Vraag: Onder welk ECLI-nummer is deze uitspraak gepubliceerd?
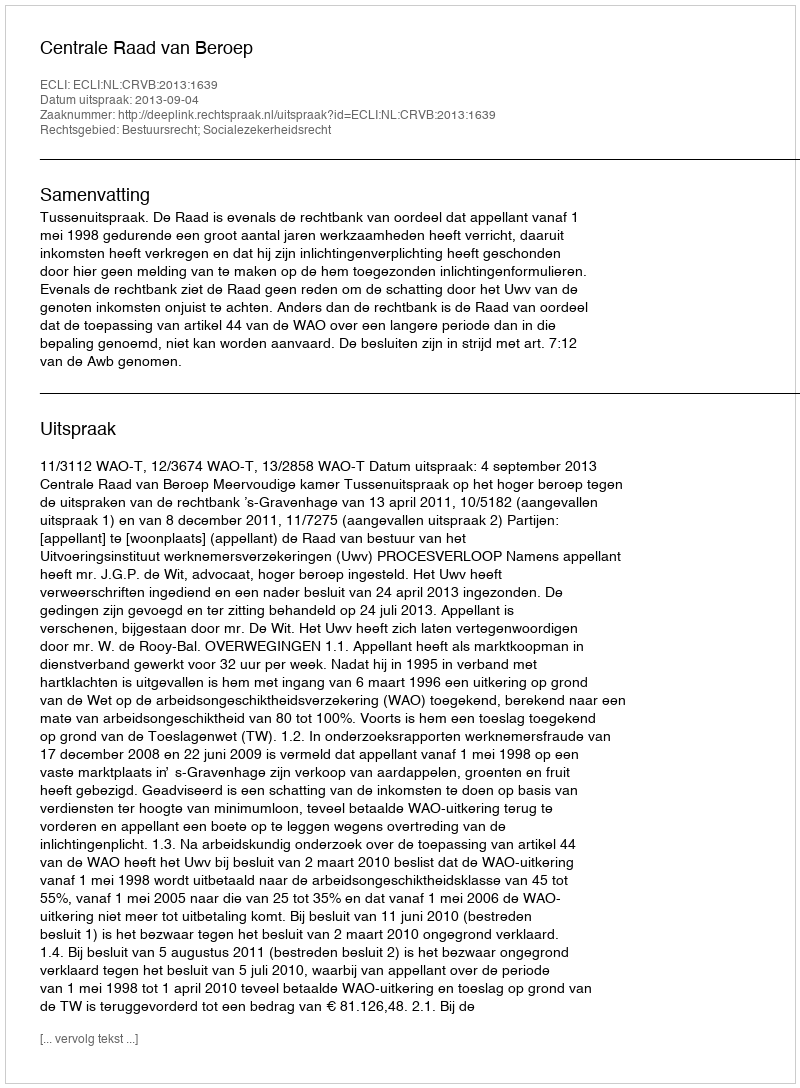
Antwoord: ECLI:NL:CRVB:2013:1639